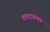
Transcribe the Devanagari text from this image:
शब्दावयव